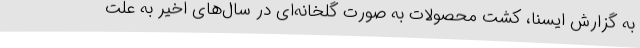
به گزارش ایسنا، کشت محصولات به صورت گلخانه‌ای در سال‌های اخیر به علت